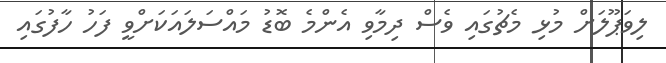
ލިވަޕޫލަށް މުޅި މެޗުގައި ވެސް ދިމާވި އެންމެ ބޮޑު މައްސަލައަކަށްވީ ފަހު ހާފުގައި